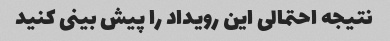
نتیجه احتمالی این رویداد را پیش بینی کنید